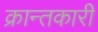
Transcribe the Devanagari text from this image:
क्रान्तकारी